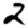
Digit: 2